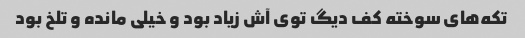
تکه‌های سوخته کف دیگ توی آش زیاد بود و خیلی مانده و تلخ بود